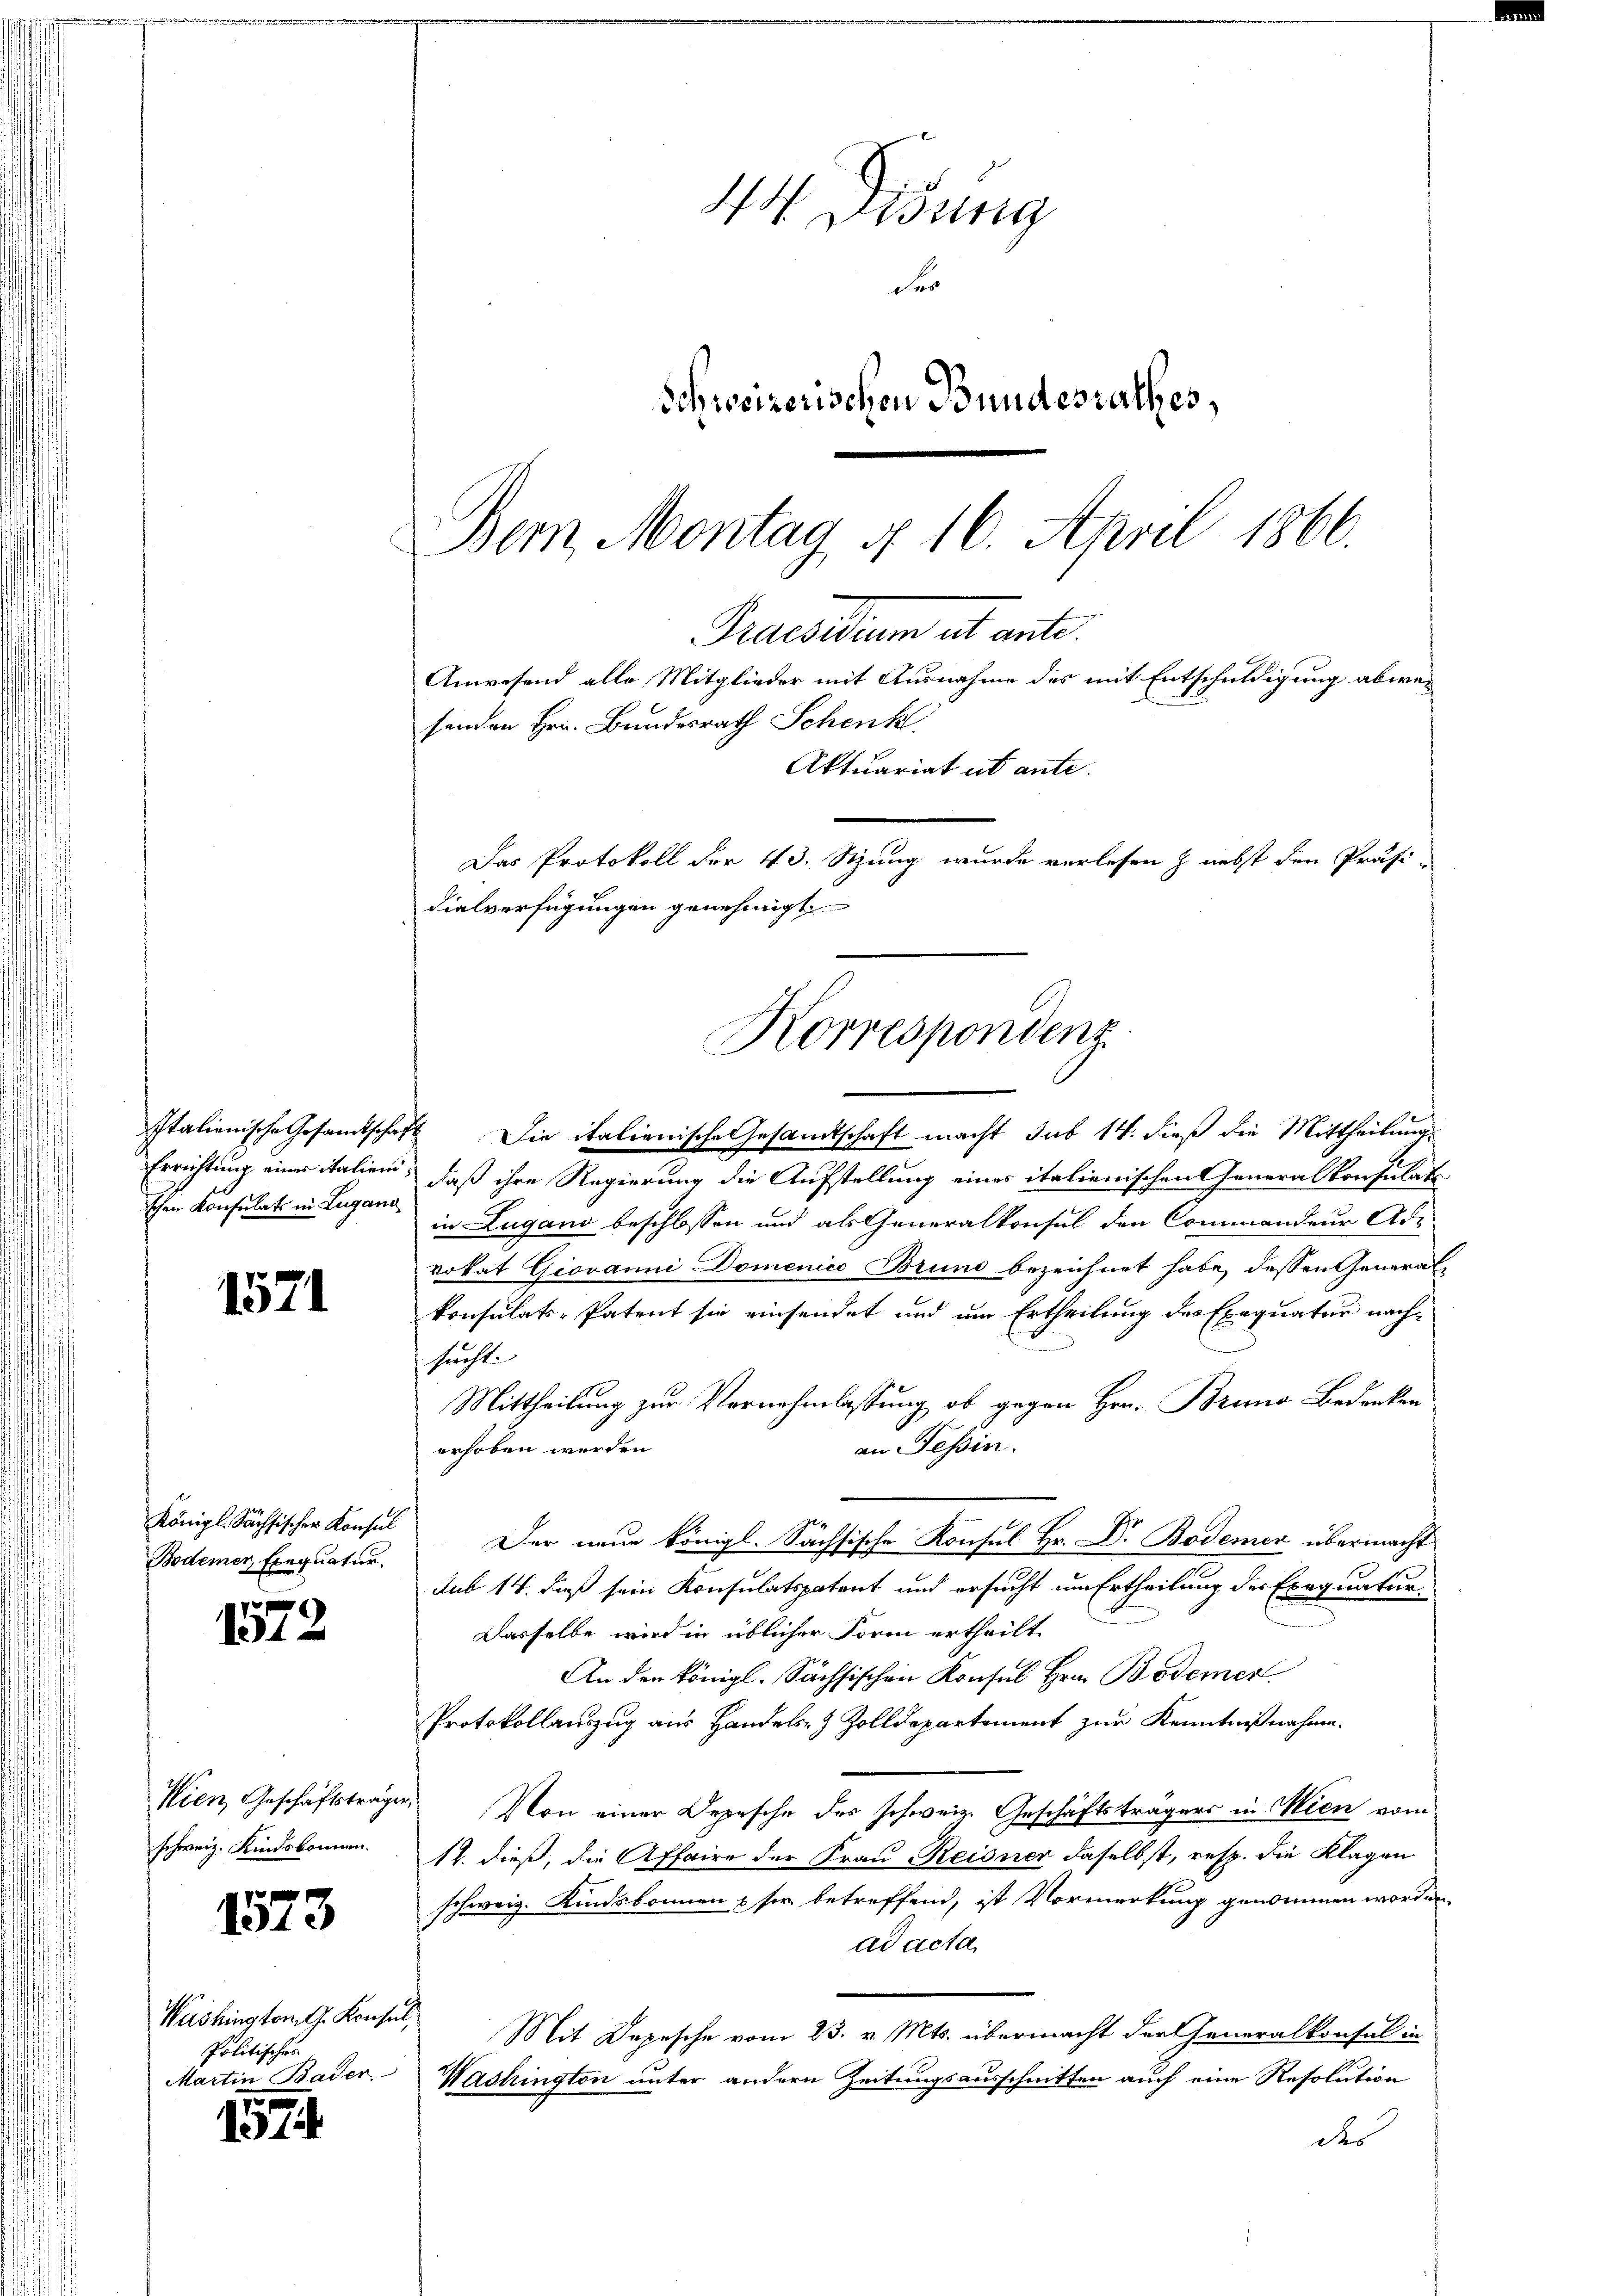
Italienische Gesandtschaf
Errichtung einer italieni
schen Konsulats in Lugano

1571

Königl. Sächsischer Konsul
Bodener Exequatur.

f
11 x

Wien Geschäftsträgen
schweiz. Kindskonnen.

1573

Washingtomlg. Konseil,
Politisches
Martin Bader

1574.

ig
Fr
Schweizerischen Bundesrathes,
Dem Montag § 16. April 1866.

senden Hrn. Bundesrath Schenk
Aktuariat et ante.
Das Protokoll der 43. Stzung wurde verlesen & nebst den Präsi-
dialverfügungen genehmigt.
Korrespondenz

Praesidum et ante.
Anwesend alle Mitglieder mit Ausnahme des mit Entschuldigung abwei

Die italienische Gesandtschaft macht sub 14. dieß die Mittheilung
daß ihre Regierung die Aufstellung eines italienischen Generalkonsulats-
in Lugano beschlossen und als Generalkonsul den Commandeur Ade-
vokat Giovanni Domenico Brund bezeichnet habe, dessen Generalkonsulats-Patent sie einsendet und um Ertheilung des Exequatur nachsucht.
Mittheilung zur Vernehmlassung ob gegen Hrn. Bruno Bedenken
an Tessin.
erhoben werden.
Der neue königl. Sächsische Konsul Hr. Dr. Bodemer übermacht
Sub 14. dieß sein Konsulatspatent und ersucht um Ertheilung der Exequatur
Dasselbe wird in üblicher Form ertheilt.
An den königl. Sächsischen Konsul Hrn. Bodemer
Protokollauszug aus Handels- & Zolldepartement zur Kenntnißnahme.
Von einer Depesche des schweiz. Geschäftsträgers in Wien vom
14. dieß, die Affaire der Frau Reisner daselbst, resp. die Klagen
schweiz. Kindskonnen & sie betreffend, ist Vormerkung genommen worden
ad acta
Mit Depesche vom 23. v. Mts. übermacht der Generalkonsul in
Washington unter andern Zeitungsausschnitten auch eine Resolution
des